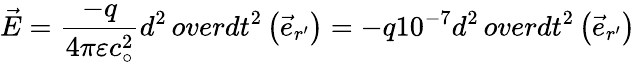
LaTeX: {\vec{E}}={\frac{-q}{4\pi\varepsilon c_{\circ}^{2}}}{d^{2}\, overdt^{2}}\left({\vec{e}}_{r^{\prime}}\right)=-q10^{-7}{d^{2}\, overdt^{2}}\left({\vec{e}}_{r^{\prime}}\right)